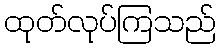
ထုတ်လုပ်ကြသည်